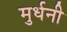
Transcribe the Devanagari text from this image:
मुर्धनी